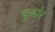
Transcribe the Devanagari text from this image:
कुवांर